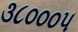
૩૮૦૦૦૫